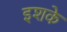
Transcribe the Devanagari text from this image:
इशके